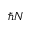
\hbar N